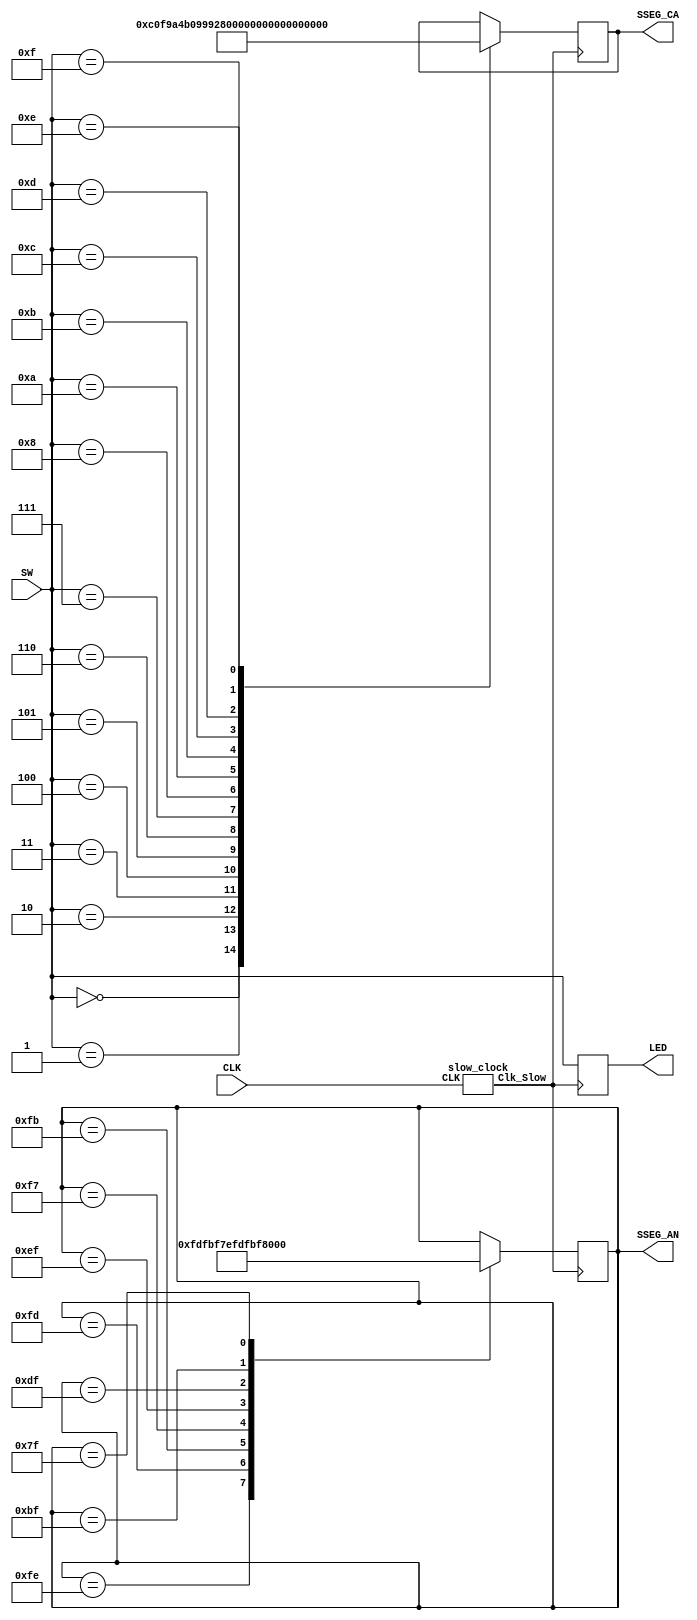
module Seven_seg(SW, CLK, SSEG_CA, SSEG_AN, LED);

    input [3:0] SW;
    input CLK;
    output reg [7:0] SSEG_CA;
    output reg [7:0] SSEG_AN;
    output reg [3:0] LED;

    slow_clock S1 (CLK, Clk_Slow);          //initializes clock
    initial begin
        SSEG_AN <= 8'b11111110;             //start at first anode
    end
    
    always @ (posedge Clk_Slow)
    begin
        case (SW)
            4'b0000: SSEG_CA <= 8'b11000000;
            4'b0001: SSEG_CA <= 8'b11111001;
            4'b0010: SSEG_CA <= 8'b10100100;
            4'b0011: SSEG_CA <= 8'b10110000;
            4'b0100: SSEG_CA <= 8'b10011001;
            4'b0101: SSEG_CA <= 8'b10010010;
            4'b0110: SSEG_CA <= 8'b10000010;
            4'b0111: SSEG_CA <= 8'b11011000;
            4'b1000: SSEG_CA <= 8'b10000000;
            4'b1010: SSEG_CA <= 8'b10001000;
            4'b1011: SSEG_CA <= 8'b10000011;
            4'b1100: SSEG_CA <= 8'b11000110;
            4'b1101: SSEG_CA <= 8'b10100001;
            4'b1110: SSEG_CA <= 8'b10000110;
            4'b1111: SSEG_CA <= 8'b10001110;
        endcase

    LED <= SW;

        case (SSEG_AN)
            8'b11111110: SSEG_AN <= 8'b11111101;
            8'b11111101: SSEG_AN <= 8'b11111011;
            8'b11111011: SSEG_AN <= 8'b11110111;
            8'b11110111: SSEG_AN <= 8'b11101111;
            8'b11101111: SSEG_AN <= 8'b11011111;
            8'b11011111: SSEG_AN <= 8'b10111111;
            8'b10111111: SSEG_AN <= 8'b01111111;    
            8'b01111111: SSEG_AN <= 8'b11111110;
        endcase
    end
endmodule

module slow_clock(CLK, Clk_Slow);
    input CLK;
    output Clk_Slow;

    reg [31:0] counter_out;
    reg Clk_Slow; 

initial begin 
   counter_out<=32'h00000000; 
   Clk_Slow<=0; 
end 

//this always block runs on the fast 100MHz clock

    always @(posedge CLK) begin 
   counter_out<=counter_out + 32'h00000001; 
   if (counter_out>32'h00F5E100) begin 
       counter_out<=32'h00000000; 
       Clk_Slow<=!Clk_Slow; 
   end 
end
endmodule